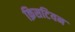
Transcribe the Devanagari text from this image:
क्रिसटियन